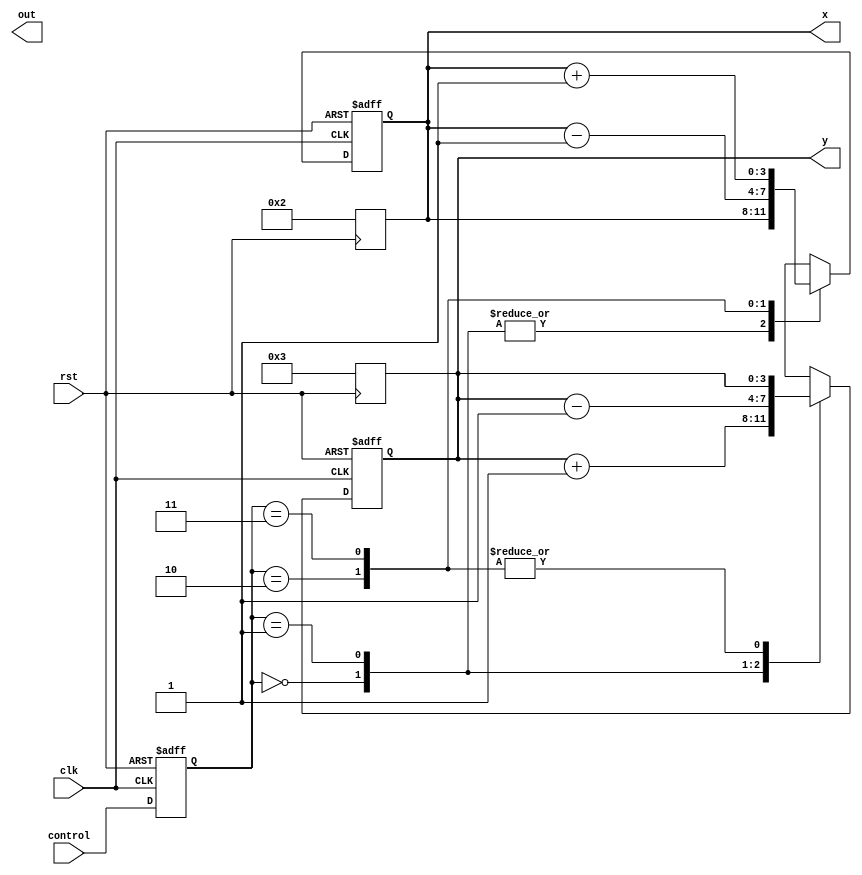
module Snake_Main(
  clk, rst, out, control, x, y
);

input clk;
input rst;
input[1:0] control;

output reg[15:0] out;

reg[1:0] state;
reg[1:0] next_state;

output reg[3:0] x;
output reg[3:0] y;

always @(*) begin
    // (TODO) no U-turn.
	next_state = control;
end

always @(negedge rst) begin
	if (!rst) begin
		x <= 4'd2;
		y <= 4'd3;
	end
end

always @(negedge clk or negedge rst) begin
    if (!rst) begin
        state <= 2'd0;
    end else begin
		state <= next_state;
    end
end

always @(negedge clk or negedge rst) begin
    if (!rst) begin
        x <= 4'd2;
        y <= 4'd3;
    end else begin
		case(state)
		2'd0: begin
			x <= x;
			y <= y+1;
		end
		2'd1: begin
			x <= x;
			y <= y-1;
		end
		2'd2: begin
			x <= x-1;
			y <= y;
		end
		2'd3: begin
			x <= x+1;
			y <= y;
		end
		default: begin
			x <= x;
			y <= y;
		end
		endcase    
	end
end

endmodule